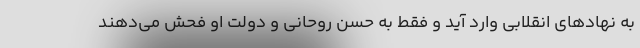
به نهادهای انقلابی وارد آید و فقط به حسن روحانی و دولت او فحش می‌دهند